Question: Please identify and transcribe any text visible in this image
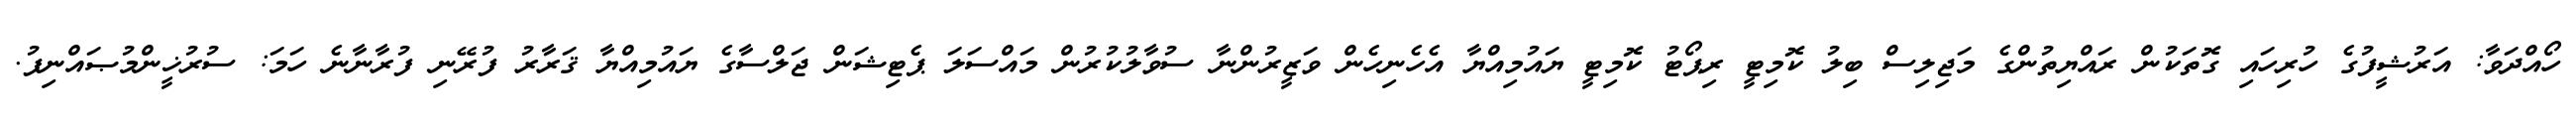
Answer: ހޯއްދަވާ: އަރުޝީފުގެ ހުރިހައި ގޮތަކުން ރައްޔިތުންގެ މަޖިލިސް ބިލު ކޮމިޓީ ރިޕޯޓު ކޮމިޓީ ޔައުމިއްޔާ އެހެނިހެން ވަޒީރުންނާ ސުވާލުކުރުން މައްސަލަ ޕެޓިޝަން ޖަލްސާގެ ޔައުމިއްޔާ ޤަރާރު ފުރޭނި ފުރާނާނެ ހަމަ: ސުރުޚީންމުޞައްނިފު.